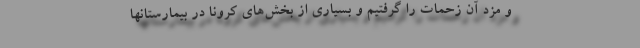
و مزد آن زحمات را گرفتیم و بسیاری از بخش‌های کرونا در بیمارستانها